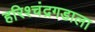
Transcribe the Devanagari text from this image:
हरिश्चंद्रगडाला